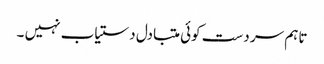
تاہم سر دست کوئی متبادل دستیاب نہیں ۔